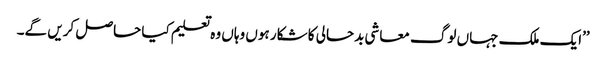
’’ایک ملک جہاں لوگ معاشی بدحالی کا شکار ہوں وہاں وہ تعلیم کیا حاصل کریں گے۔